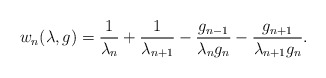
\begin{align*}w_{n}(\lambda,g)& =\frac{1}{\lambda_{n}}+\frac{1}{\lambda_{n+1}}-\frac{g_{n-1}}{\lambda_{n}g_{n}}-\frac{g_{n+1}}{\lambda_{n+1}g_{n}}.\end{align*}